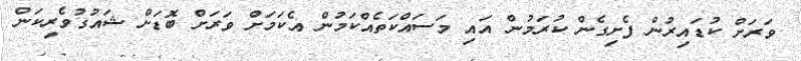
ވަރަށް ކުޑައިރުން ފެށިގެން ކުރަމުން އައި މަސައްކަތެއްކަމުން އެކަމަށް ވަރަށް ބޮޑަށް ޝައުގުވެރިކަން